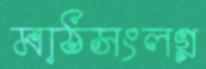
মাঠসংলগ্ন